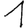
Digit: 1